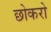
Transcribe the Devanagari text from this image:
छोकरो